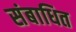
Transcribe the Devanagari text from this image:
संबाधित